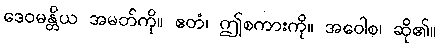
ဒေဝမန္တိယ အမတ်ကို။ ဧတံ၊ ဤစကားကို။ အဝေါစ၊ ဆို၏။